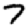
Digit: 7